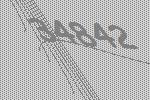
34842